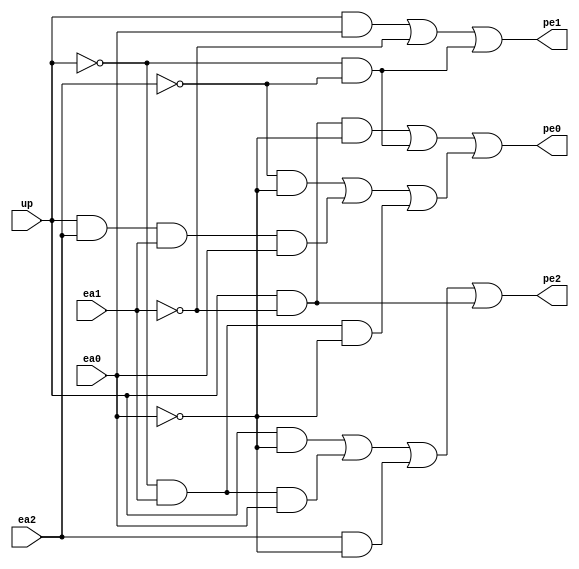
module cc_pe (
input	ea0,
input	ea1,
input	ea2,
input   up,
output  pe0,
output	pe1,
output  pe2);

wire nea0, nea1, nea2,nup;
not(nea0,ea0);
not(nea1,ea1);
not(nea2,ea2);
not(nup,up);

wire pe2_0,pe2_1,pe2_2,pe2_3;
and(pe2_0, up,nea0);
and(pe2_1,nup,ea1,ea0);
and(pe2_2,ea2,nea0);   
and(pe2_3,up,nea1);
or(pe2,pe2_0,pe2_1,pe2_2,pe2_3);

wire pe1_0,pe1_1,pe1_2;
and(pe1_0,up,ea0);
buf(pe1_1,nea1);
and(pe1_2,nup,nea2);
or(pe1,pe1_0,pe1_1,pe1_2);

wire pe0_0, pe0_1, pe0_2,pe0_3,pe0_4,pe0_5;
and(pe0_0,nea2,nea0);
and(pe0_1,up,ea2,ea1,ea0);
and(pe0_2,nup,ea1,nea0);
and(pe0_3,up,nea1,nea0);
and(pe0_4,nup,nea2);
or(pe0_5, pe0_0,pe0_1,pe0_2);
or(pe0,pe0_3,pe0_4,pe0_5);
endmodule